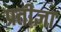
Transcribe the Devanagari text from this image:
प्रतीज्ञा